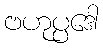
ဗဟုပ္ပဒေါ